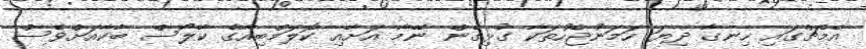
އެމެޗްގައި ހިނގާ ދިޔަ ހަމަނުޖެހުތަކާ ގުޅިގެން ނޭމާ އަށާއި ކޮލަމްބިއާގެ ކާލޯސް ބާކާއަށްވެސް